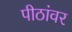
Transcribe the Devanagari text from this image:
पीठांवर